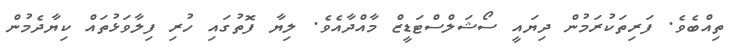
ތިއްބެވެ. ފަރިތަކުރަމުން ދިޔައީ ސޯޝަލްސްޓަޑީޒް މާއްދާއެވެ. ލިޔާ ފޮތުގައި ހުރި ފިލާވަޅުތައް ކިޔާދެމުން